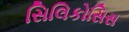
સિલિકોસિસ